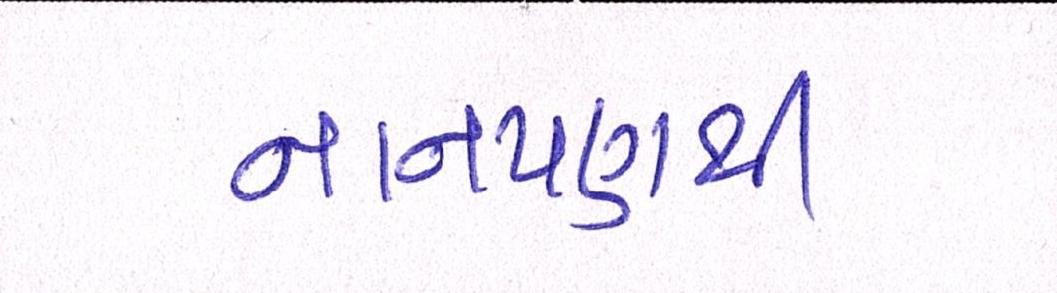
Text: નાનપણથી